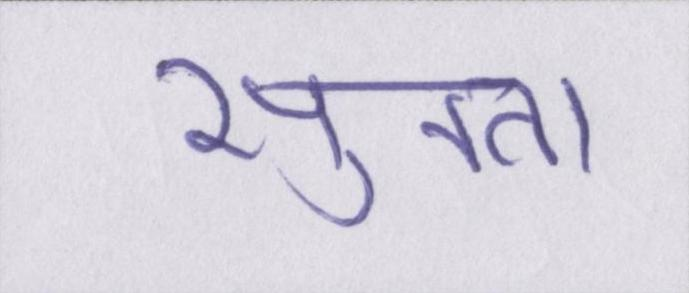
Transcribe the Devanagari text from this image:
सुनता